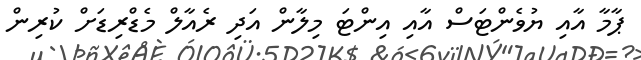
ޕާމާ އާއި ޔުވެންޓަސް އާއި އިންޓަ މިލާން އަދި ރެއާލް މެޑްރިޑަށް ކުރިން